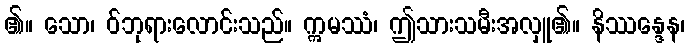
၏။ သော၊ ဝ်ဘုရားလောင်းသည်။ ဣမဿံ၊ ဤသားသမီးအလှူ၏။ နိဿန္ဒေန၊